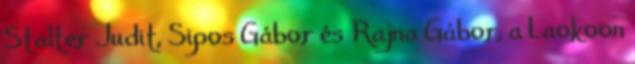
Stalter Judit, Sipos Gábor és Rajna Gábor, a Laokoon